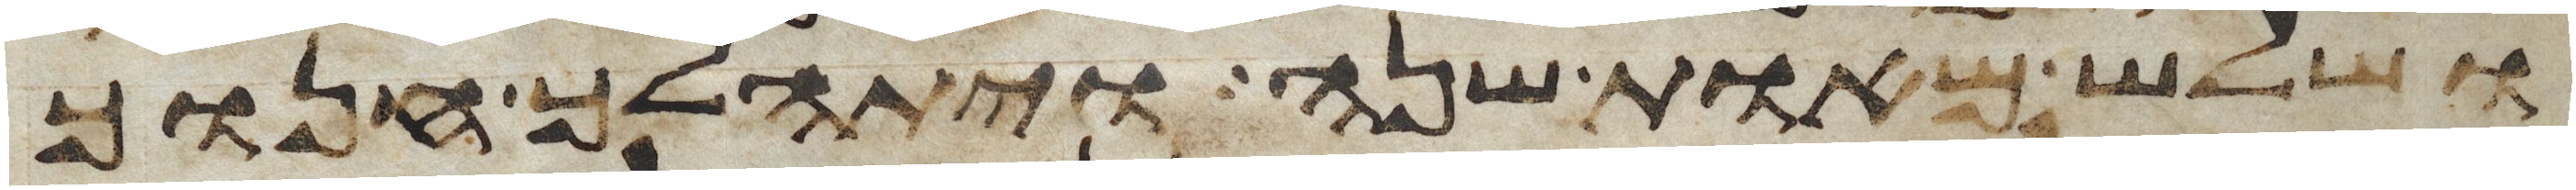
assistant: ושלש מאות שנה ויתהלך חנוך